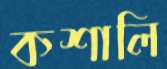
কশালি